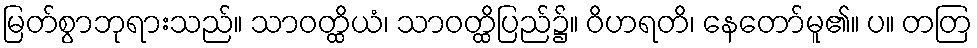
မြတ်စွာဘုရားသည်။ သာဝတ္ထိယံ၊ သာဝတ္ထိပြည်၌။ ဝိဟရတိ၊ နေတော်မူ၏။ ပ။ တတြ